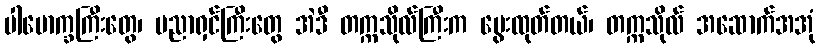
ပါမောက္ခကြီးတွေ၊ ပညာရှင်ကြီးတွေ အဲဒီ တက္ကသိုလ်ကြီးက မွေးထုတ်တယ်၊ တက္ကသိုလ် အဆောက်အအုံ